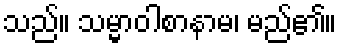
သည်။ သမ္မာဝါစာနာမ၊ မည်၏။